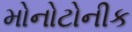
મોનોટોનીક